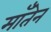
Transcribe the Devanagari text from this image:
माँतेन